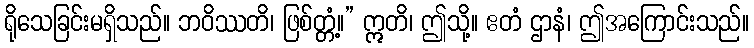
ရိုသေခြင်းမရှိသည်။ ဘဝိဿတိ၊ ဖြစ်တ္တံ့။” ဣတိ၊ ဤသို့။ ဧတံ ဌာနံ၊ ဤအကြောင်းသည်။